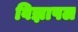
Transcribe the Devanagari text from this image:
विज्ञापल